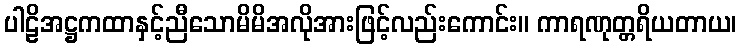
ပါဠိအဋ္ဌကထာနှင့်ညီသောမိမိအလိုအားဖြင့်လည်းကောင်း။ ကာရဏုတ္တရိယတာယ၊